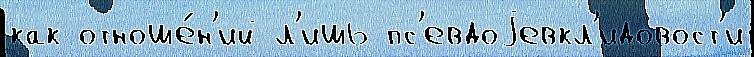
как отноше́н'ий л'ишь пс'евдоjевкл'идовост'и